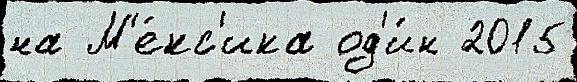
на М'е́кс'ика од'и́н 2015